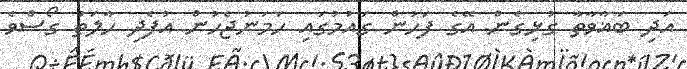
އަދި ބަޣާވާތާ ގުޅިގެން އޭގެ ފަހުން ގައުމުގައި ހަމަނުޖެހުން އުފެދި ހާލަތު ގޯސްވެ